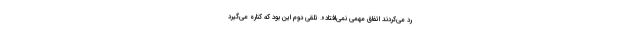
رد می‌کردند اتفاق مهمی نمی‌افتاد». تلقی دوم این بود که کناره می‌گیرد